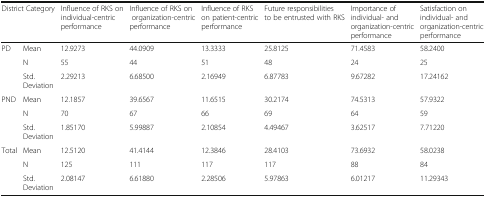
<table><thead><tr><td colspan="2"><b>District Category</b></td><td><b>Influence of RKS on individual-centric performance</b></td><td><b>Influence of RKS on organization-centric performance</b></td><td><b>Influence of RKS on patient-centric performance</b></td><td><b>Future responsibilities to be entrusted with RKS</b></td><td><b>Importance of individual- and organization-centric performance</b></td><td><b>Satisfaction on individual- and organization-centric performance</b></td></tr></thead><tbody><tr><td rowspan="3">PD</td><td>Mean</td><td>12.9273</td><td>44.0909</td><td>13.3333</td><td>25.8125</td><td>71.4583</td><td>58.2400</td></tr><tr><td>N</td><td>55</td><td>44</td><td>51</td><td>48</td><td>24</td><td>25</td></tr><tr><td>Std. Deviation</td><td>2.29213</td><td>6.68500</td><td>2.16949</td><td>6.87783</td><td>9.67282</td><td>17.24162</td></tr><tr><td rowspan="3">PND</td><td>Mean</td><td>12.1857</td><td>39.6567</td><td>11.6515</td><td>30.2174</td><td>74.5313</td><td>57.9322</td></tr><tr><td>N</td><td>70</td><td>67</td><td>66</td><td>69</td><td>64</td><td>59</td></tr><tr><td>Std. Deviation</td><td>1.85170</td><td>5.99887</td><td>2.10854</td><td>4.49467</td><td>3.62517</td><td>7.71220</td></tr><tr><td rowspan="3">Total</td><td>Mean</td><td>12.5120</td><td>41.4144</td><td>12.3846</td><td>28.4103</td><td>73.6932</td><td>58.0238</td></tr><tr><td>N</td><td>125</td><td>111</td><td>117</td><td>117</td><td>88</td><td>84</td></tr><tr><td>Std. Deviation</td><td>2.08147</td><td>6.61880</td><td>2.28506</td><td>5.97863</td><td>6.01217</td><td>11.29343</td></tr></tbody></table>